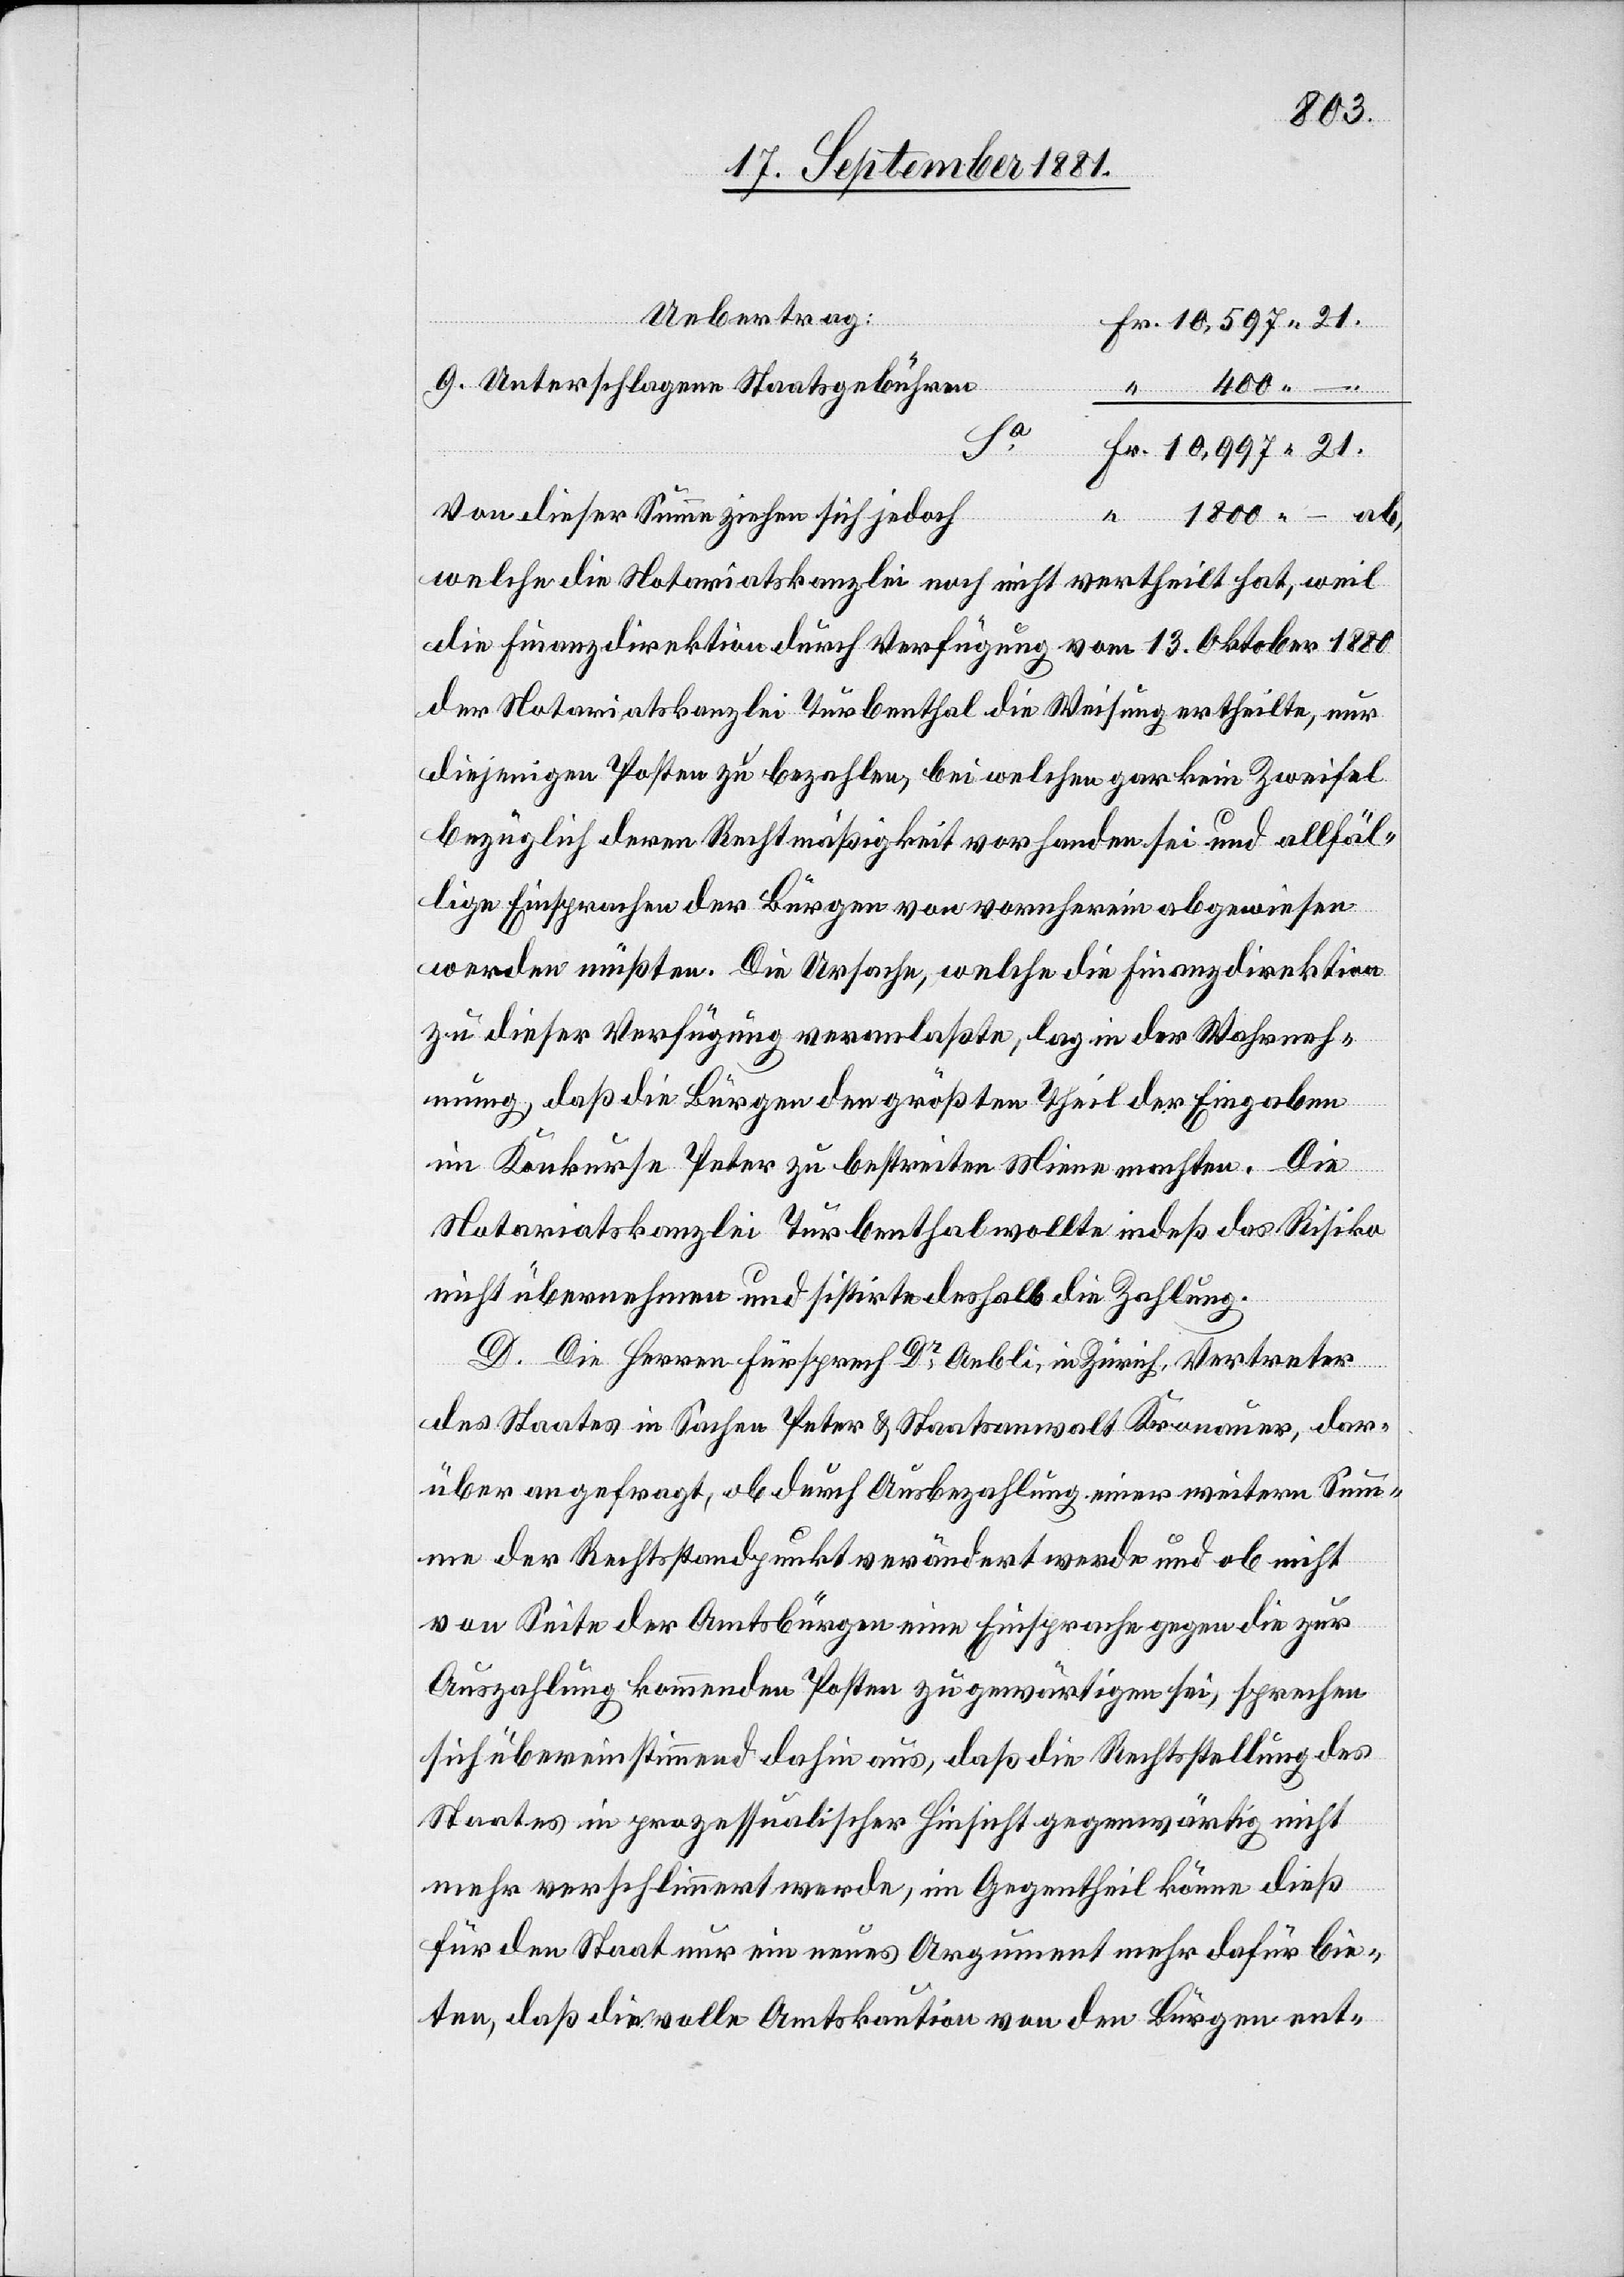
1800
Uebertrag:
Unterschlagenen Staatsgebühren
21.
Von dieser Summe ziehen sich jedoch
welche die Notariatskanzlei noch nicht vertheilt hat, weil
die Finanzdirektion durch Verfügung vom 13. Oktober 1880
der Notariatskanzlei Turbenthal die Weisung ertheilte, nur
diejenigen Posten zu bezahlen, bei welchen gar kein Zweifel
bezüglich deren Rechtmäßigkeit vorhanden sei und allfäl¬
ligen Einsprachen der Bürgen von vornherein abgewiesen
werden müßten. Die Ursache, welche die Finanzdirektion
zu dieser Verfügung veranlaßte, lag in der Wahrneh¬
mung, daß die Bürgen den größten Theil der Eingaben
im Konkurse Peter zu bestreiten Miene machten. Die
Notariatskanzlei Turbenthal wollte indeß das Risiko
nicht übernehmen und sistirte deshalb die Zahlung.
D. Die Herren Fürsprech Dr Aebli, in Zürich, Vertreter
des Staates in Sachen Peter & Staatsanwalt Kronauer, dar¬
über angefragt, ob durch Ausbezahlung einer weitern Sum¬
me der Rechtsstandpunkt verändert werde und ob nicht
von Seite der Amtsbürger eine Einsprache gegen die zur
Auszahlung kommenden Posten zu gewärtigen sei, sprachen
sich übereinstimmend dahin aus, daß die Rechtsstellung des
Staates in prozessualischer Hinsicht gegenwärtig nicht
mehr verschlimmert werde, im Gegentheil könne dieß
für den Staat nur ein neues Argument mehr dafür bie¬
ten, daß die volle Amtskaution von den Bürgern ent-